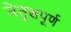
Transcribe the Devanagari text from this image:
नेतृत्वपूर्ण